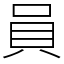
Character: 員